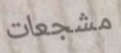
مشجعات